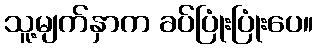
သူ့မျက်နှာက ခပ်ပြုံးပြုံးပေ။